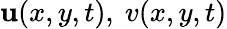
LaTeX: \mathbf{u}(x,y,t),\ v(x,y,t)